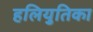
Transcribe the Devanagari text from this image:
हलियुतिका